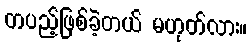
တပည့်ဖြစ်ခဲ့တယ် မဟုတ်လား။